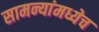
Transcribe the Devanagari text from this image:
सामन्यांमध्येच